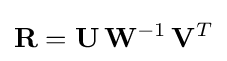
\mathbf {R} =\mathbf {U} \,\mathbf {W} ^{-1}\,\mathbf {V} ^{T}